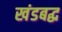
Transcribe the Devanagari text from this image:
खंडबद्ध